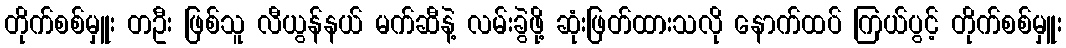
တိုက်စစ်မှူး တဦး ဖြစ်သူ လီယွန်နယ် မက်ဆီနဲ့ လမ်းခွဲဖို့ ဆုံးဖြတ်ထားသလို နောက်ထပ် ကြယ်ပွင့် တိုက်စစ်မှူး